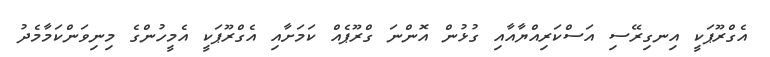
އެގްރޫޕަކީ އިނގިރޭސި އަސްކަރިއްޔާއާއި ގުޅުން އޮންނަ ގްރޫޕެއް ކަމަށާއި އެގްރޫޕަކީ އެމީހުންގެ މިނިވަންކަމާމެދު